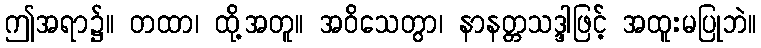
ဤအရာ၌။ တထာ၊ ထို့အတူ။ အဝိသေတွာ၊ နာနတ္တသဒ္ဒါဖြင့် အထူးမပြုဘဲ။